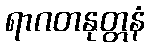
ရာဂတနုတ္တနံ